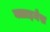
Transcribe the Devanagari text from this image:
क्लाइनेस